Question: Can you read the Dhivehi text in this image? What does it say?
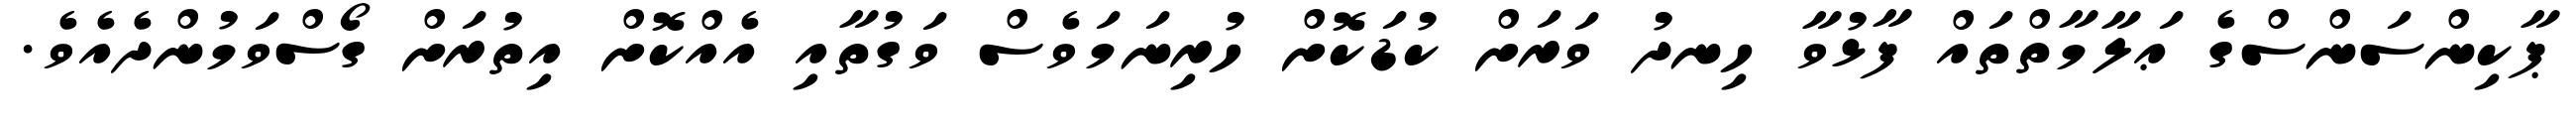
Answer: ޕާކިންސަންސްގެ ޢަލާމާތްތައް ފާޅުވާ ހިނދު ވަރަށް ކުޑަކޮށް ހުރިނަމަވެސް ވަގުތާއި އެއްކޮށް އިތުރަށް ގޯސްވަމުންދެއެވެ.